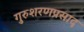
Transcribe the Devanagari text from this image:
गुरुशरणप्रसाद